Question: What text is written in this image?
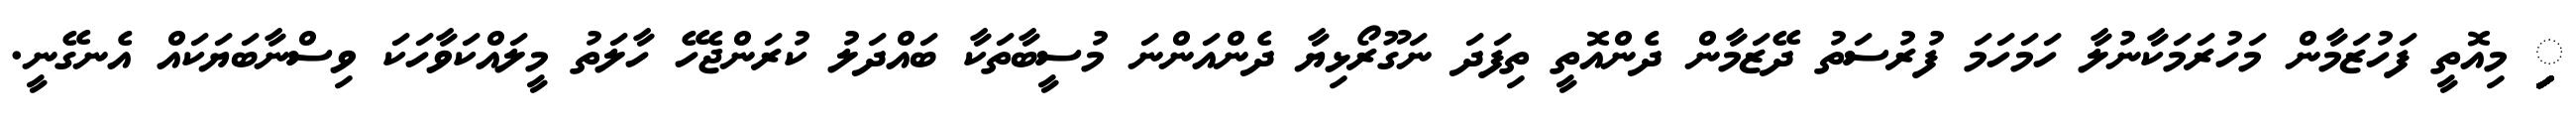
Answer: ިިިިިިިިިިިިިިިިި މިއޮތީ ފަހުޒަމާން މަހުރަމަކާނުލާ ހަމަހަމަ ފުރުސަތު ދޭޒަމާން ދެންއޮތީ ތިފަދަ ނަގޫރޯޅިޔާ ދެންއަންނަ މުސީބާތަކާ ބައްދަލު ކުރަންޖެހޭ ހާލަތު މީލައްކަވާހަކަ ވިސްނާބަޔަކައް އެނގޭނީ.